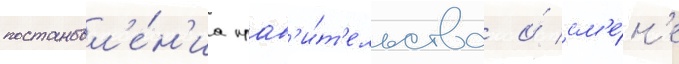
постановл'е́н'иа прав'и́т'ельства о́ см'е́н'е